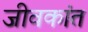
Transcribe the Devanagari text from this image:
जीवकांत